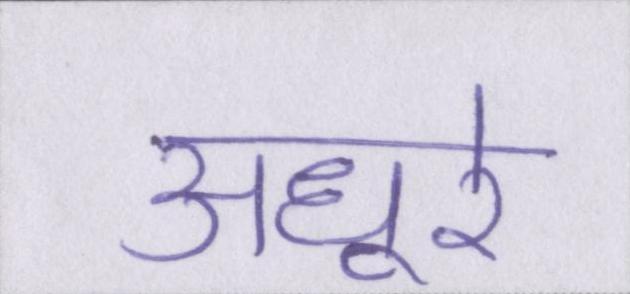
अधूरे